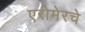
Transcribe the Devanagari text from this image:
एरोमेरचे